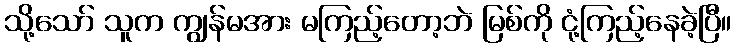
သို့သော် သူက ကျွန်မအား မကြည့်တော့ဘဲ မြစ်ကို ငုံ့ကြည့်နေခဲ့ပြီ။